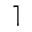
\rceil